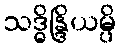
သဒ္ဓိန္ဒြိယမ္ပိ